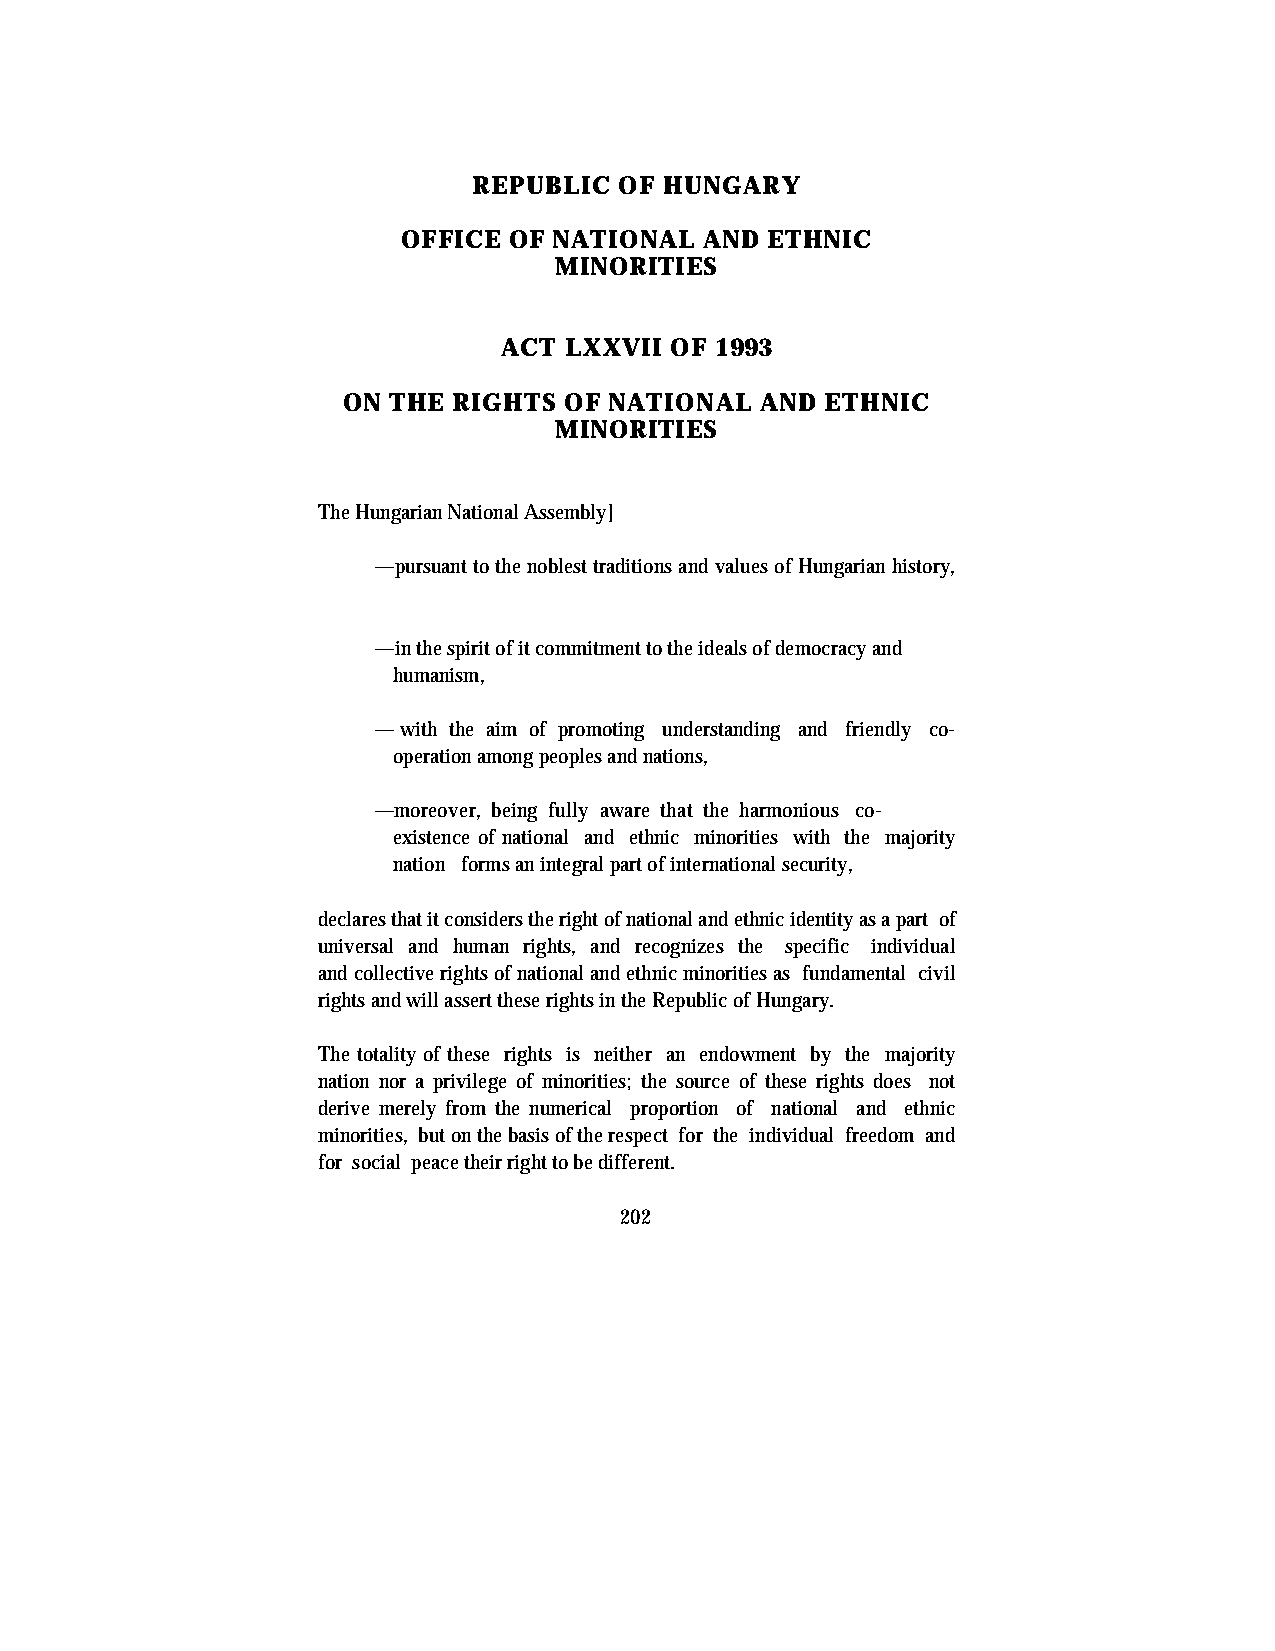
REPUBLIC  OF HUNGARY
 OFFICE OF NATIONAL  AND ETHNIC
 MINORITIES
 ACT LXXVII OF 1993
 ON THE RIGHTS OF NATIONAL  AND  ETHNIC
 MINORITIES
 The Hungarian National Assembly]
 —pursuant to the noblest traditions and values of Hungarian history,
 —in the spirit of it commitment to the ideals of democracy and
 humanism,
 — with the aim of promoting understanding and friendly co-
 operation among peoples and nations,
 —moreover, being fully aware that the harmonious co-
 existence of national and ethnic minorities with the majority
 nation forms an integral part of international security,
 declares that it considers the right of national and ethnic identity as a part of
 universal and human rights, and recognizes the specific individual
 and collective rights of national and ethnic minorities as fundamental civil
 rights and will assert these rights in the Republic of Hungary.
 The totality of these rights is neither an endowment by the majority
 nation nor a privilege of minorities; the source of these rights does not
 derive merely from the numerical proportion of national and ethnic
 minorities, but on the basis of the respect for the individual freedom and
 for social peace their right to be different.
 202